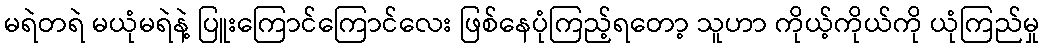
မရဲတရဲ မယုံမရဲနဲ့ ပြူးကြောင်ကြောင်လေး ဖြစ်နေပုံကြည့်ရတော့ သူဟာ ကိုယ့်ကိုယ်ကို ယုံကြည်မှု